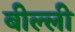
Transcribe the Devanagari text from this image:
बील्ली